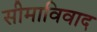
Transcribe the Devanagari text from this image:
सीमाविवाद